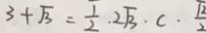
3 + \sqrt { 3 } = \frac { 1 } { 2 } . 2 \sqrt { 3 } \cdot c \cdot \frac { \sqrt { 2 } } { 2 }